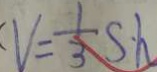
V = \frac { 1 } { 3 } S \cdot h